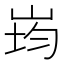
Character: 𭖠